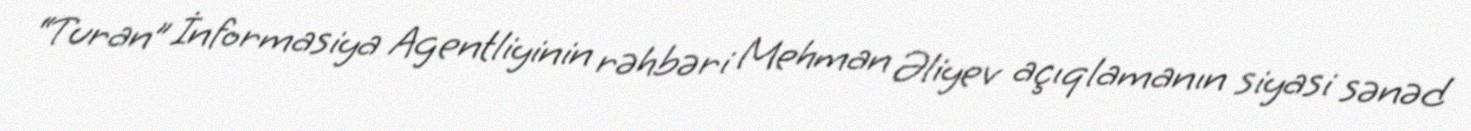
“Turan” İnformasiya Agentliyinin rəhbəri Mehman Əliyev açıqlamanın siyasi sənəd